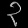
Digit: ၃